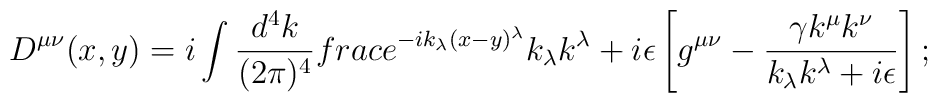
D^{\mu\nu}(x,y) = i\int \frac{d^4k}{(2\pi)^4}\\frac{e^{-ik_\lambda(x-y)^\lambda}}{k_\lambda k^\lambda +i\epsilon}\left[g^{\mu\nu}-\frac{\gamma k^\mu k^\nu}{k_\lambda k^\lambda+ i\epsilon}\right];